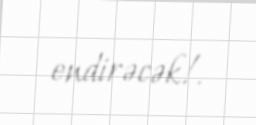
endirəcək!.